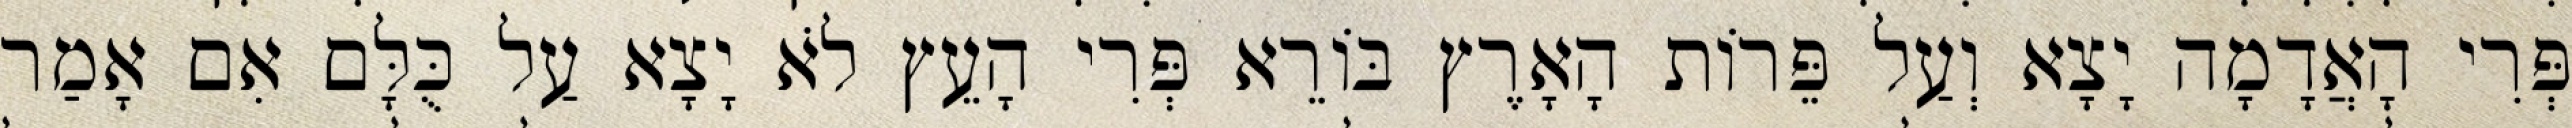
פְּרִי הָאֲדָמָה יָצָא וְעַל פֵּרוֹת הָאָרֶץ בּוֹרֵא פְּרִי הָעֵץ לֹא יָצָא עַל כֻּלָּם אִם אָמַר